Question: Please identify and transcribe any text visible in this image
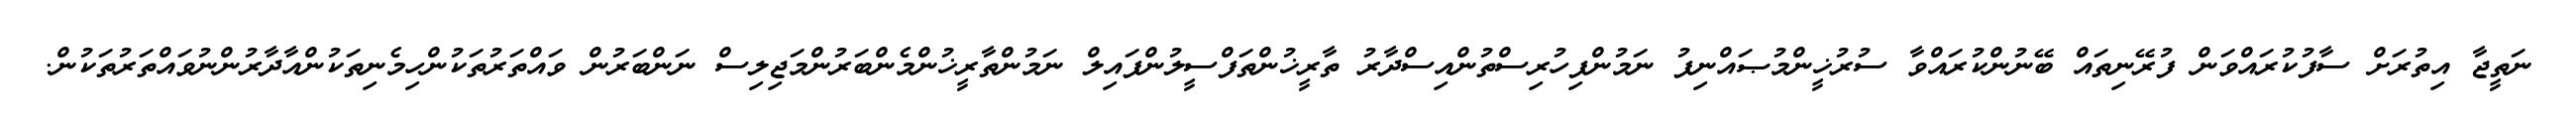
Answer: ނަތީޖާ އިތުރަށް ސާފުކުރައްވަން ފުރޭނިތައް ބޭނުންކުރައްވާ ސުރުޚީންމުޞައްނިފު ނަމުންފިހުރިސްތުންއިސްދާރު ތާރީޚުންތަފްސީލުންފައިލް ނަމުންތާރީޚުންމެންބަރުންމަޖިލިސް ނަންބަރުން ވައްތަރުތަކުންހިމެނިތަކުންއާދާރުންނުވައްތަރުތަކުން.